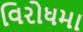
વિરોધમા